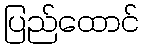
ပြည်ထောင်